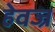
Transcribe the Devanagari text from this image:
हेवज्र